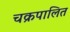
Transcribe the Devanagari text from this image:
चक्रपालित